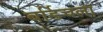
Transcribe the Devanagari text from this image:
बर्डिचला